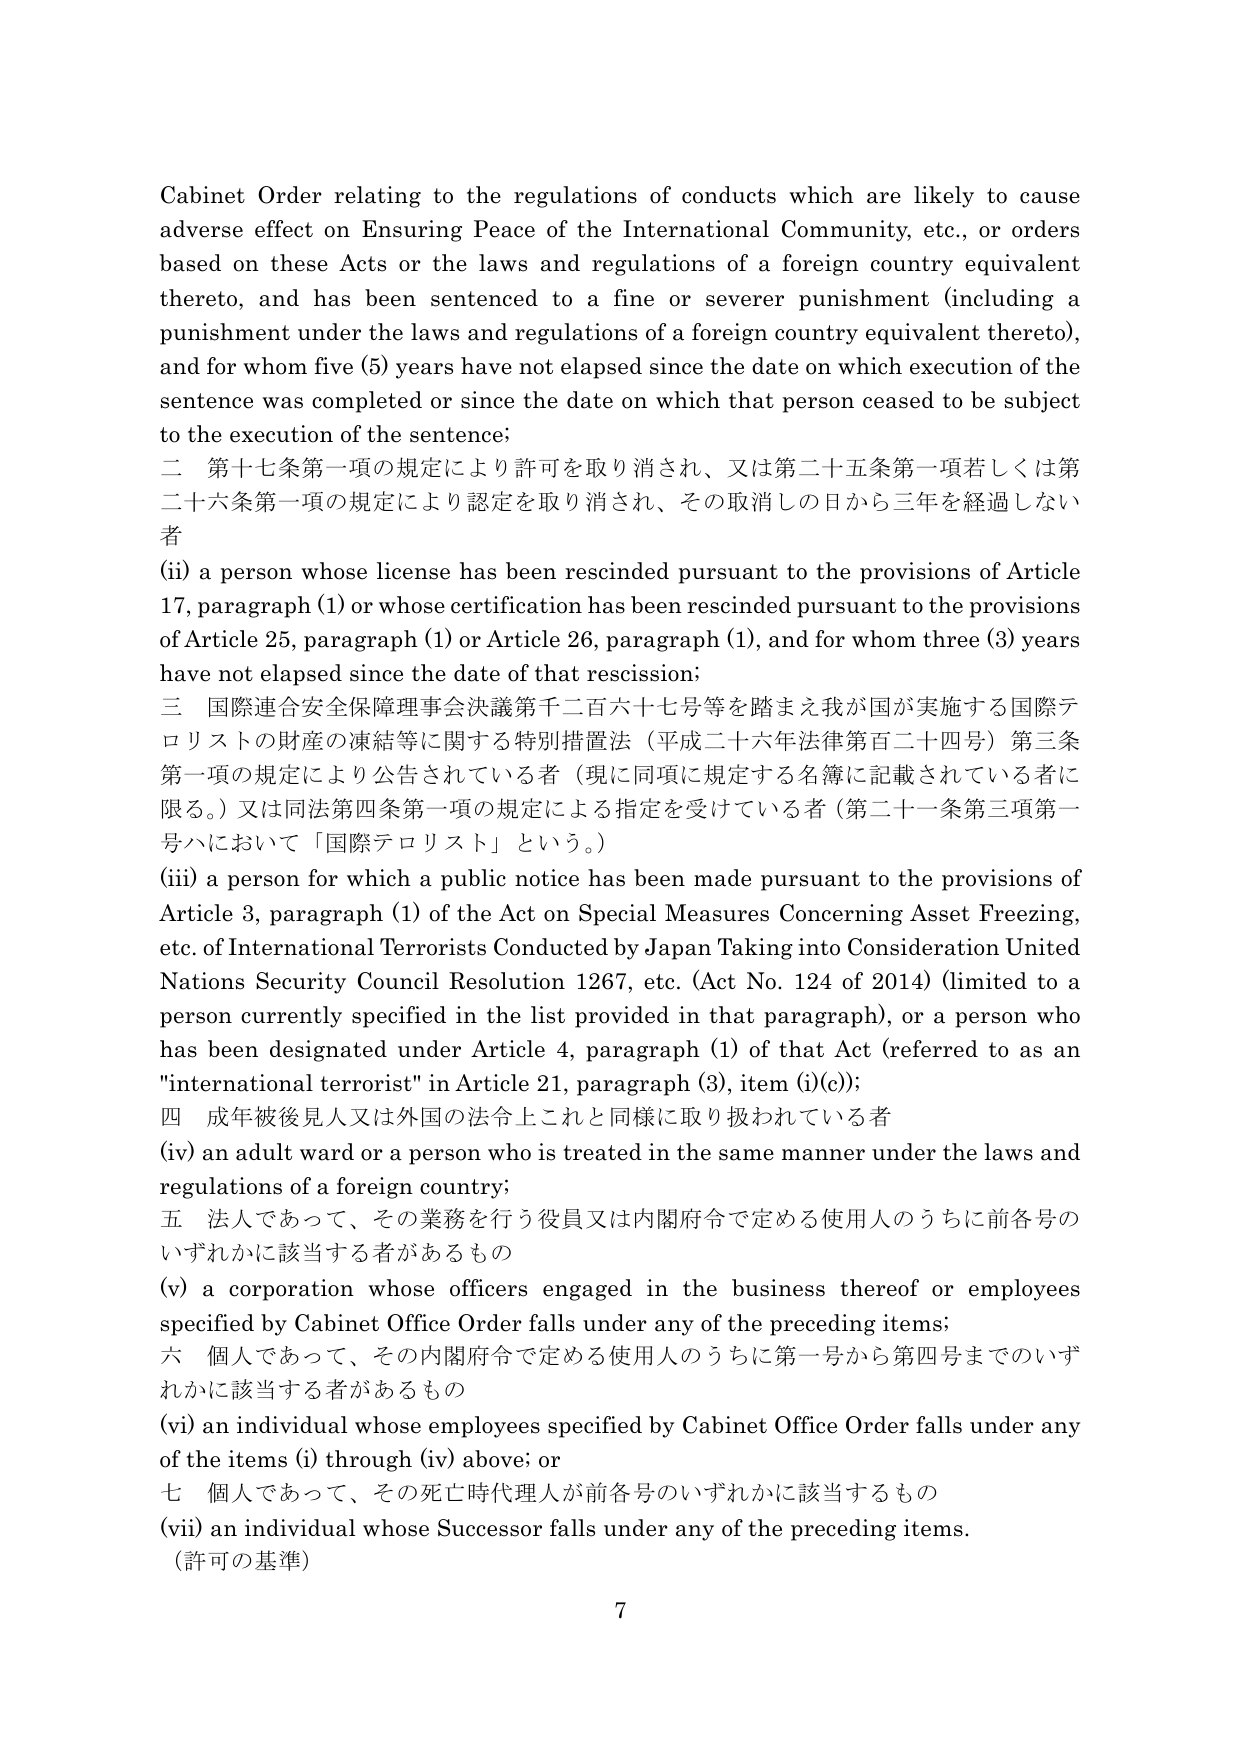
Cabinet Order relating to the regulations of conducts which are likely to cause adverse effect on Ensuring Peace of the International Community, etc., or orders based on these Acts or the laws and regulations of a foreign country equivalent thereto, and has been sentenced to a fine or severer punishment (including a punishment under the laws and regulations of a foreign country equivalent thereto), and for whom five (5) years have not elapsed since the date on which execution of the sentence was completed or since the date on which that person ceased to be subject to the execution of the sentence;

二 第十七条第一項の規定により許可を取り消され、又は第二十五条第一項若しくは第二十六条第一項の規定により認定を取り消され、その取消しの日から三年を経過しない者

(ii) a person whose license has been rescinded pursuant to the provisions of Article 17, paragraph (1) or whose certification has been rescinded pursuant to the provisions of Article 25, paragraph (1) or Article 26, paragraph (1), and for whom three (3) years have not elapsed since the date of that rescission;

三 国際連合安全保障理事会決議第千二百六十七号等を踏まえ我が国が実施する国際テロリストの財産の凍結等に関する特別措置法（平成二十六年法律第百二十四号）第三条第一項の規定により公告されている者（現に同項に規定する名簿に記載されている者に限る。）又は同法第四条第一項の規定による指定を受けている者（第二十一条第三項第一号ハにおいて「国際テロリスト」という。）

(iii) a person for which a public notice has been made pursuant to the provisions of Article 3, paragraph (1) of the Act on Special Measures Concerning Asset Freezing, etc. of International Terrorists Conducted by Japan Taking into Consideration United Nations Security Council Resolution 1267, etc. (Act No. 124 of 2014) (limited to a person currently specified in the list provided in that paragraph), or a person who has been designated under Article 4, paragraph (1) of that Act (referred to as an "international terrorist" in Article 21, paragraph (3), item (i)(c));

四 成年被後見人又は外国の法令上これと同様に取り扱われている者

(iv) an adult ward or a person who is treated in the same manner under the laws and regulations of a foreign country;

五 法人であって、その業務を行う役員又は内閣府令で定める使用人のうちに前各号のいずれかに該当する者があるもの

(v) a corporation whose officers engaged in the business thereof or employees specified by Cabinet Office Order falls under any of the preceding items;

六 個人であって、その内閣府令で定める使用人のうちに第一号から第四号までのいずれかに該当する者があるもの

(vi) an individual whose employees specified by Cabinet Office Order falls under any of the items (i) through (iv) above; or

七 個人であって、その死亡時代理人が前各号のいずれかに該当するもの

(vii) an individual whose Successor falls under any of the preceding items.

（許可の基準）

7